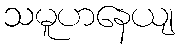
သမူဟနေယျ